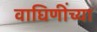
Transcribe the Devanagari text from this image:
वाघिणींच्या